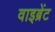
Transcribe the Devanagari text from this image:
वाइब्रेंट